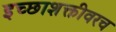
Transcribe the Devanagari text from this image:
इच्छाशक्तीवरच